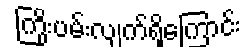
ကြိုးပမ်းလျက်ရှိကြောင်း